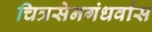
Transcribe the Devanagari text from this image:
चित्रसेनगंधर्वास